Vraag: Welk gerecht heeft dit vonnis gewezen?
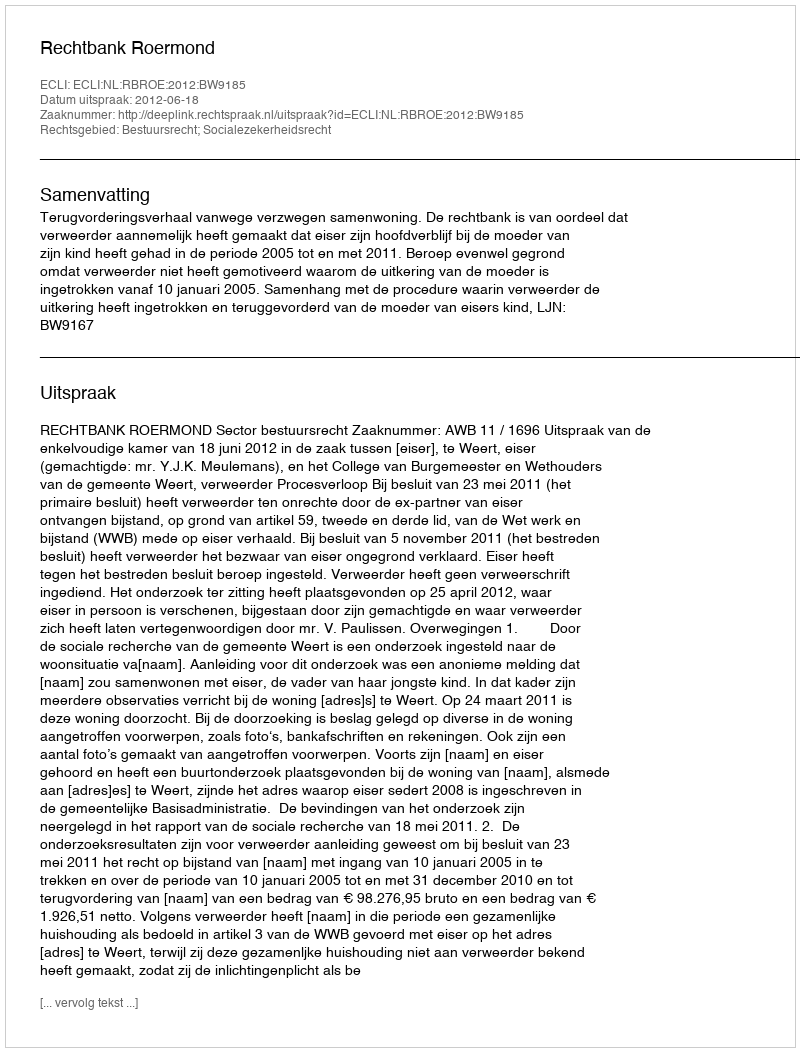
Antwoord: Rechtbank Roermond